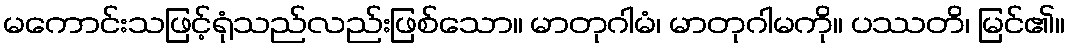
မကောင်းသဖြင့်ရုံသည်လည်းဖြစ်သော။ မာတုဂါမံ၊ မာတုဂါမကို။ ပဿတိ၊ မြင်၏။